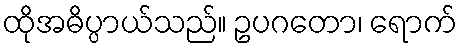
ထိုအဓိပ္ပာယ်သည်။ ဥပဂတော၊ ရောက်